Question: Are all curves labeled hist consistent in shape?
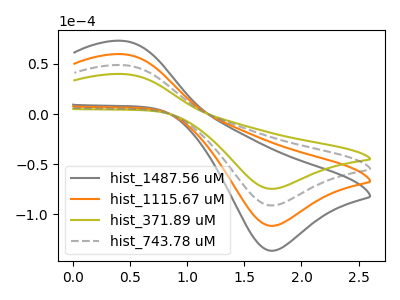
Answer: <think>The gray curve "hist_1487.56 uM" has an anodic peak at (0.45V, 146.25uA) and a cathodic peak at (1.75V, -273.30uA). The orange curve "hist_1115.67 uM" has an anodic peak at (0.45V, 97.50uA) and a cathodic peak at (1.75V, -182.20uA). The olive curve "hist_371.89 uM" has an anodic peak at (0.45V, 39.90uA) and a cathodic peak at (1.75V, -74.50uA). The gray dashed curve "hist_743.78 uM" has an anodic peak at (0.45V, 48.75uA) and a cathodic peak at (1.75V, -91.10uA).
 All the peaks in "hist_1487.56 uM" have a peak in "hist_1115.67 uM" at the same potential. Every peak in "hist_1487.56 uM" is higher than every peak in "hist_1115.67 uM". All the peaks in "hist_1487.56 uM" have a peak in "hist_371.89 uM" at the same potential. Every peak in "hist_1487.56 uM" is higher than every peak in "hist_371.89 uM". All the peaks in "hist_1487.56 uM" have a peak in "hist_743.78 uM" at the same potential. Every peak in "hist_1487.56 uM" is higher than every peak in "hist_743.78 uM". All the peaks in "hist_1115.67 uM" have a peak in "hist_371.89 uM" at the same potential. Every peak in "hist_1115.67 uM" is higher than every peak in "hist_371.89 uM". All the peaks in "hist_1115.67 uM" have a peak in "hist_743.78 uM" at the same potential. Every peak in "hist_1115.67 uM" is higher than every peak in "hist_743.78 uM". All the peaks in "hist_371.89 uM" have a peak in "hist_743.78 uM" at the same potential. Every peak in "hist_371.89 uM" is lower than every peak in "hist_743.78 uM".</think>
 <answer>All the CV's of "hist" have similar shape.</answer>
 <eval>follow_rule</eval>